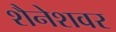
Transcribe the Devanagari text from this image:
शैनेशवर